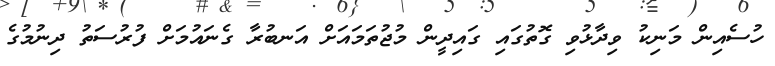
ހުސެއިން މަނިކު ވިދާޅުވި ގޮތުގައި ގައިދީން މުޖުތަމައަށް އަނބުރާ ގެނައުމަށް ފުރުސަތު ދިނުމުގެ